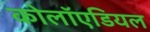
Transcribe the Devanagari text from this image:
कोलॉएडियल